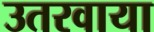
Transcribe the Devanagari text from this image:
उतरवाया